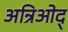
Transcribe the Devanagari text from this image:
अन्रिओद्